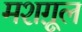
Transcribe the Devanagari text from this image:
मशग़ूल